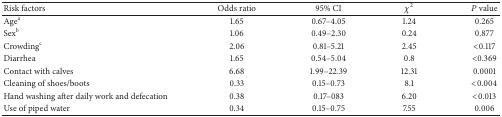
| Risk factors | Odds ratio | 95% CI | χ2 | P value |
 | --- | --- | --- | --- | --- |
 | Agea | 1.65 | 0.67–4.05 | 1.24 | 0.265 |
 | Sexb | 1.06 | 0.49–2.30 | 0.24 | 0.877 |
 | Crowdingc | 2.06 | 0.81–5.21 | 2.45 | <0.117 |
 | Diarrhea | 1.65 | 0.54–5.04 | 0.8 | <0.369 |
 | Contact with calves | 6.68 | 1.99–22.39 | 12.31 | 0.0001 |
 | Cleaning of shoes/boots | 0.33 | 0.15–0.73 | 8.1 | <0.004 |
 | Hand washing after daily work and defecation | 0.38 | 0.17–083 | 6.20 | <0.013 |
 | Use of piped water | 0.34 | 0.15–0.75 | 7.55 | 0.006 |